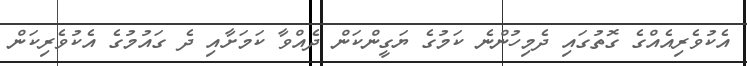
އެކުވެރިއެއްގެ ގޮތުގައި ދެމިހުންނެ ކަމުގެ ޔަގީންކަން ދެއްވާ ކަމަށާއި ދެ ގައުމުގެ އެކުވެރިކަން